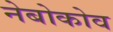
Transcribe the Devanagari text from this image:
नेबोकोव